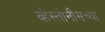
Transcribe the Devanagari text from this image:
व्हेस्तोनीसच्या